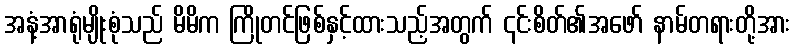
အနံ့အာရုံမျိုးစုံသည် မိမိက ကြိုတင်ဖြစ်နှင့်ထားသည့်အတွက် ၎င်းစိတ်၏အဖော် နာမ်တရားတို့အား